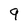
Character: 9